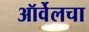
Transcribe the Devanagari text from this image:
ऑर्वेलचा